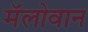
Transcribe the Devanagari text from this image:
मॅलोवान